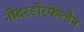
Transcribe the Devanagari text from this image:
नीदरडोरफेल्डेन